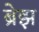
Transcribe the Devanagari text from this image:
ब्रेझ